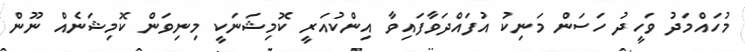
މުހައްމަދު ވަހީދު ހަސަން މަނިކު އުފައްދަވާފައިވާ އިންކުއަރީ ކޮމިޝަނަކީ މިނިވަން ކޮމިޝަނެއް ނޫން